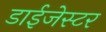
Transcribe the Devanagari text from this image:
डाईजेस्टर